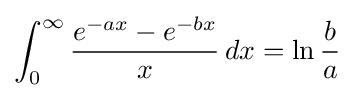
\int _{0}^{\infty }{\frac {e^{-ax}-e^{-bx}}{x}}\,dx=\ln {\frac {b}{a}}